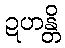
ဍဟန္တိ